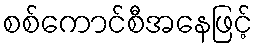
စစ်ကောင်စီအနေဖြင့်